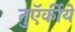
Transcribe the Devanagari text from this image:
तुऍर्कीये